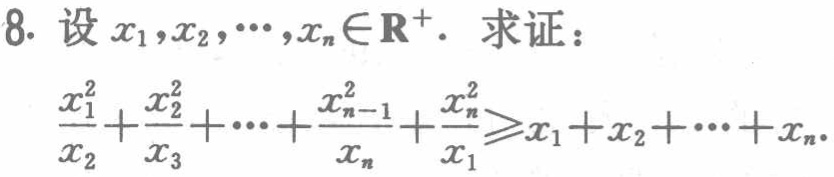
8. 设 \(x_1,x_2,\cdots,x_n\in\mathbf{R}^+\). 求证：

\(\frac{x_1^2}{x_2}+\frac{x_2^2}{x_3}+\cdots+\frac{x_{n - 1}^2}{x_n}+\frac{x_n^2}{x_1}\geqslant x_1 + x_2+\cdots+x_n\).